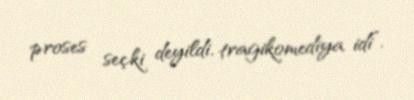
proses seçki deyildi, tragikomediya idi”.